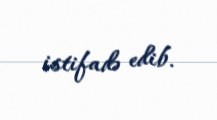
istifadə edib.